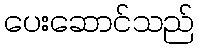
ပေးဆောင်သည်